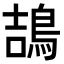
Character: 鴶